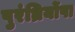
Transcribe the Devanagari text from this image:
पुरंध्रिर्योषा